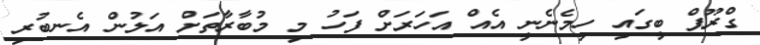
ގްރޫޕް ބީގައި ހިމެނެނީ އެއް އަހަރަށް ފަހު މި މުބާރާތަށް އަލުން އެނބުރި